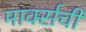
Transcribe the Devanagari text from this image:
मार्क्‍सची